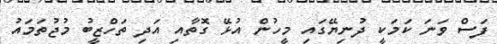
ފަސް ވަނަ ކަމަކީ ދުނިޔޭގައި މީހުން އުޅޭ ގޮތާއި އަދި ތަހްޒީބު މުޖުތަމައު